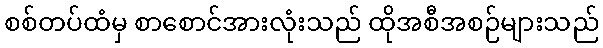
စစ်တပ်ထံမှ စာစောင်အားလုံးသည် ထိုအစီအစဉ်များသည်